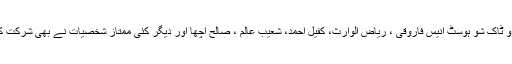
تقریب میں تقدیسِ ادب کے آصف جامعی ، معروف کالم نگار و ٹاک شو ہوسٹ انیس فاروقی ، ریاض الوارث، کفیل احمد، شعیب عالم ، صالح اِچھا اور دیگر کئی ممتاز شخصیات نے بھی شرکت کی اور خلیل احمد نینی تال والا کے خیالات کو توجہ سے سنا۔